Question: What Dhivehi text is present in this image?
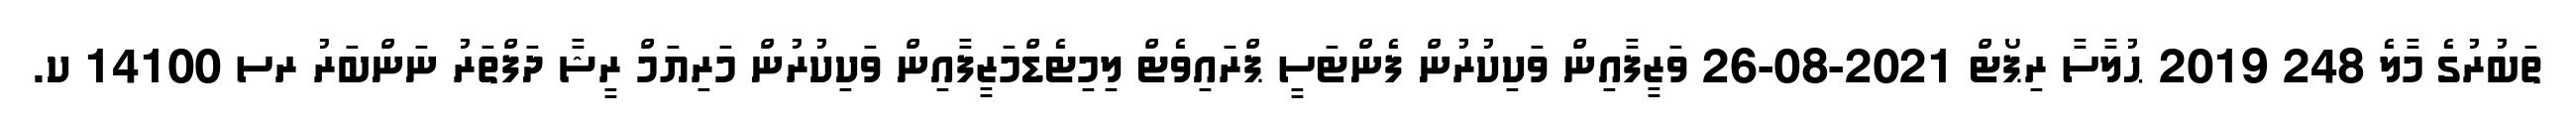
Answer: ތަބުރުގެ މާލެ 248 2019 ޙުލާސާ ރިޕޯޓް 2021-08-26 ވަޒީފާއިން ވަކިކުރުން ފެންޓަސީ ޕްރައިވެޓް ލިމިޓެޑްމަޒީފާއިން ވަކިކުރުން މަރިޔަމް ރީޝާ ދަފްތަރު ނަންބަރު ރސ 14100 ކ.